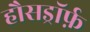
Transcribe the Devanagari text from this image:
हौसड्रॉर्फ़